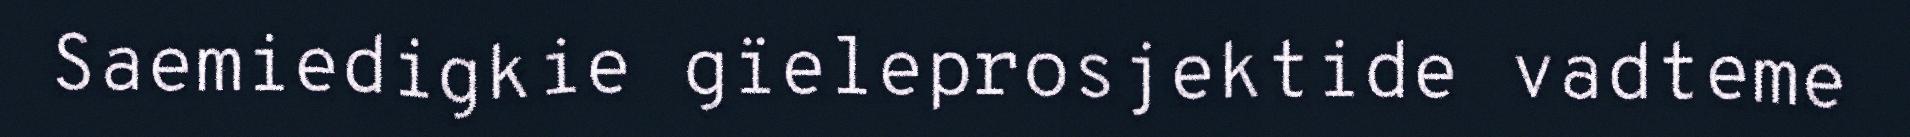
Saemiedigkie gïeleprosjektide vadteme